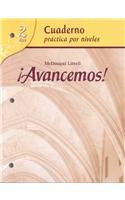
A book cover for ?Avancemos!: Cuaderno: Practica por niveles (Student Workbook) with Review Bookmarks Level 2 (Spanish Edition); MCDOUGAL LITTEL; Teen & Young Adult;